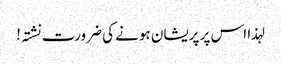
لہذا اس پر پریشان ہونے کی ضرورت نشتہ!